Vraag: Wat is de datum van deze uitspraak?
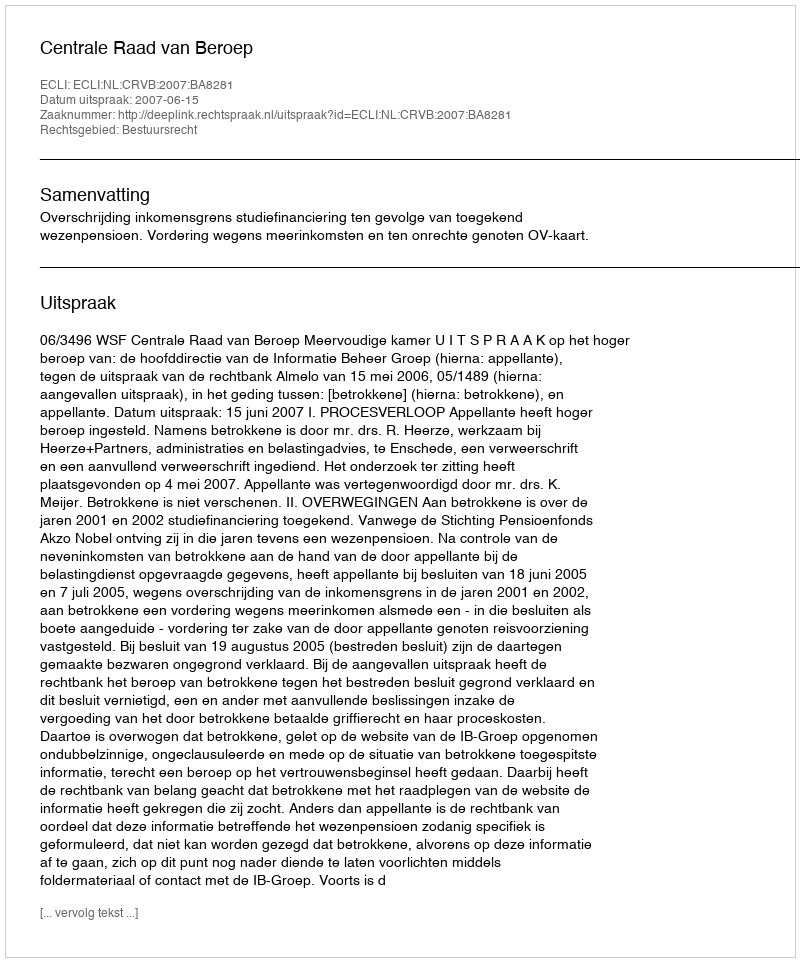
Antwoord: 2007-06-15